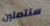
ستتصلين